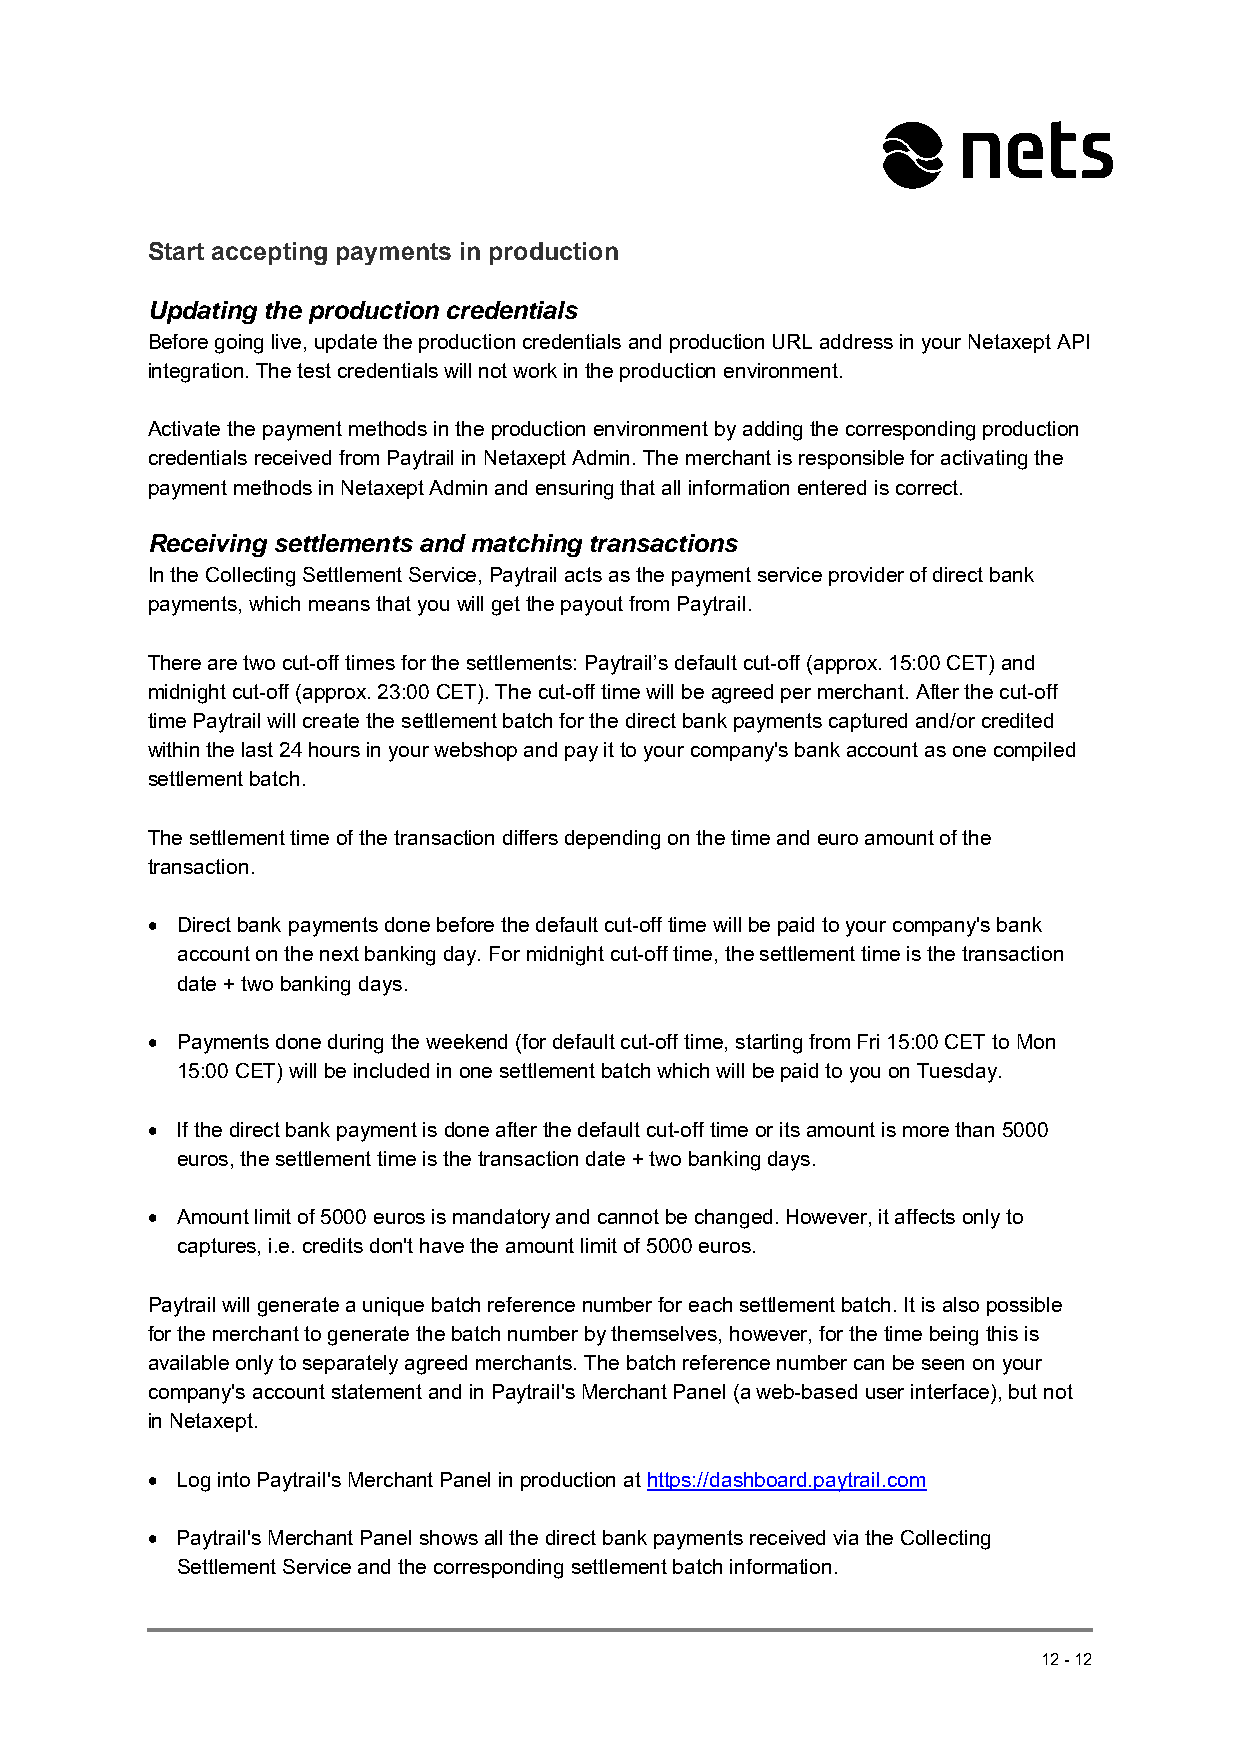
Start accepting payments in production
 Updating the production credentials
 Before going live, update the production credentials and production URL address in your Netaxept API
 integration. The test credentials will not work in the production environment.
 Activate the payment methods in the production environment by adding the corresponding production
 credentials received from Paytrail in Netaxept Admin. The merchant is responsible for activating the
 payment methods in Netaxept Admin and ensuring that all information entered is correct.
 Receiving settlements and matching transactions
 In the Collecting Settlement Service, Paytrail acts as the payment service provider of direct bank
 payments, which means that you will get the payout from Paytrail.
 There are two cut-off times for the settlements: Paytrail’s default cut-off (approx. 15:00 CET) and
 midnight cut-off (approx. 23:00 CET). The cut-off time will be agreed per merchant. After the cut-off
 time Paytrail will create the settlement batch for the direct bank payments captured and/or credited
 within the last 24 hours in your webshop and pay it to your company's bank account as one compiled
 settlement batch.
 The settlement time of the transaction differs depending on the time and euro amount of the
 transaction.
  Direct bank payments done before the default cut-off time will be paid to your company's bank
 account on the next banking day. For midnight cut-off time, the settlement time is the transaction
 date + two banking days.
  Payments done during the weekend (for default cut-off time, starting from Fri 15:00 CET to Mon
 15:00 CET) will be included in one settlement batch which will be paid to you on Tuesday.
  If the direct bank payment is done after the default cut-off time or its amount is more than 5000
 euros, the settlement time is the transaction date + two banking days.
  Amount limit of 5000 euros is mandatory and cannot be changed. However, it affects only to
 captures, i.e. credits don't have the amount limit of 5000 euros.
 Paytrail will generate a unique batch reference number for each settlement batch. It is also possible
 for the merchant to generate the batch number by themselves, however, for the time being this is
 available only to separately agreed merchants. The batch reference number can be seen on your
 company's account statement and in Paytrail's Merchant Panel (a web-based user interface), but not
 in Netaxept.
  Log into Paytrail's Merchant Panel in production at https://dashboard.paytrail.com
  Paytrail's Merchant Panel shows all the direct bank payments received via the Collecting
 Settlement Service and the corresponding settlement batch information.
 12-12